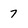
Character: 7